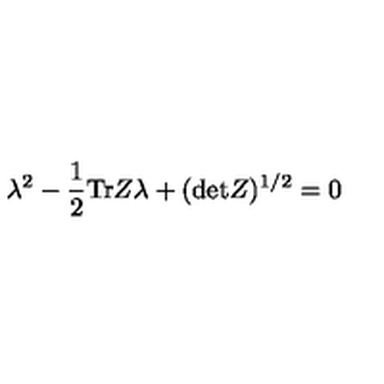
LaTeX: \lambda ^ { 2 } - { \frac { 1 } { 2 } } \mathrm { T r } Z \lambda + ( \mathrm { d e t } Z ) ^ { 1 / 2 } = 0